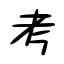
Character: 考